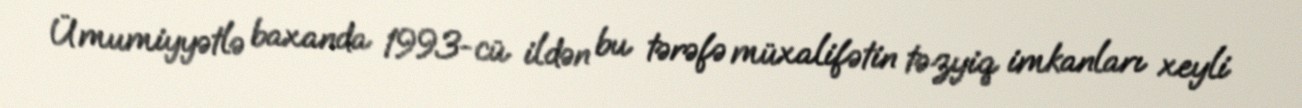
Ümumiyyətlə baxanda 1993-cü ildən bu tərəfə müxalifətin təzyiq imkanları xeyli